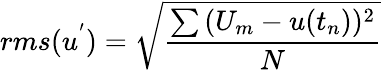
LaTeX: rms(u^{'})=\sqrt{\frac{\sum{(U_{m}-u(t_{n}))^{2}}}{N}}